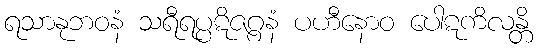
ရသာနုဘဝနံ သရီရပ္ပဋိဇဂ္ဂနံ ပဟီနောဝ ပေါဋကိလန္တိ